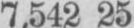
7,542 25